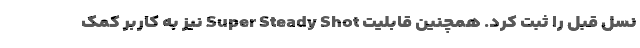
نسل قبل را ثبت کرد. همچنین قابلیت Super Steady Shot نیز به کاربر کمک